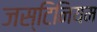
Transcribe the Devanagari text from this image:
जस्टिनियम